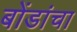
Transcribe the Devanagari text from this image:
बोंडांचा